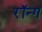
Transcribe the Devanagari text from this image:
रॉन्ग